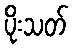
ပိုးသတ်